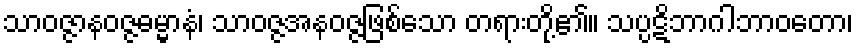
သာဝဇ္ဇာနဝဇ္ဇဓမ္မာနံ၊ သာဝဇ္ဇအနဝဇ္ဇဖြစ်သော တရားတို့၏။ သပ္ပဋိဘာဂါဘာဝတော၊